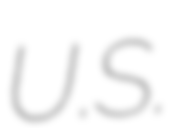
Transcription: U.S.